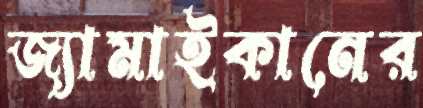
জ্যামাইকানের